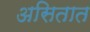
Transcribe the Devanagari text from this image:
असितात